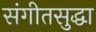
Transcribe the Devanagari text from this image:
संगीतसुद्धा